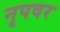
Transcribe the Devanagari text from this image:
नृपवर